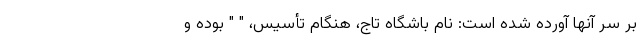
بر سر آنها آورده شده است: نام باشگاه تاج، هنگام تأسیس، " " بوده و